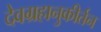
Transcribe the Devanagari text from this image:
देवग्रहानुकीर्तन